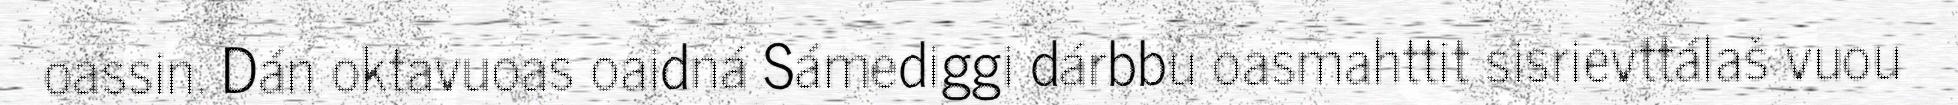
oassin. Dán oktavuoas oaidná Sámediggi dárbbu oasmahttit sisrievttálaš vuou